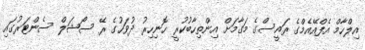
އިލްހާމް އެފްއޭއެމްގެ ރައީސްގެ މަގާމަށް އިންތިހާބުކުރީ ހޮނިހިރު ދުވަހުގެ ރޭ ސޯޝަލް ސެންޓަރުގައި